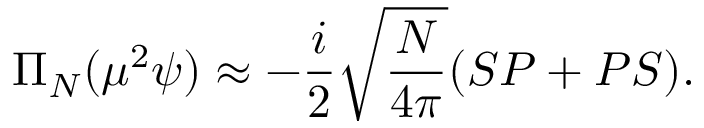
\Pi _ { N } ( \mu ^ { 2 } \psi ) \approx - \frac { i } { 2 } \sqrt { \frac { N } { 4 \pi } } ( S P + P S ) .